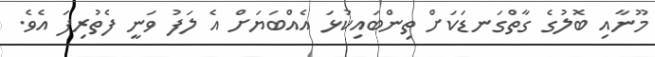
މޫނާއި ބޮލުގެ ގާތްގަނޑަކަށް ތިންބައިކުޅަ އެއްބަޔަށް އެ ލަފު ވަނީ ފެތުރިފަ އެވެ.